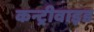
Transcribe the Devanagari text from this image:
कन्ट्रीवाइड